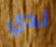
لدي